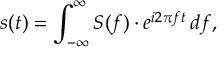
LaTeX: s ( t ) = \int _ { - \infty } ^ { \infty } S ( f ) \cdot e ^ { i 2 \pi f t } \, d f ,